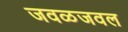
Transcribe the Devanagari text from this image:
जवळजवल